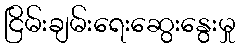
ငြိမ်းချမ်းရေးဆွေးနွေးမှု